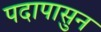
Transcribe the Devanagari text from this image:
पदापासुन